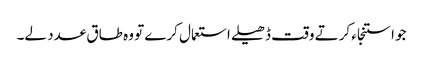
جو استنجاء کرتے وقت ڈھیلے استعمال کرے تو وہ طاق عدد لے۔